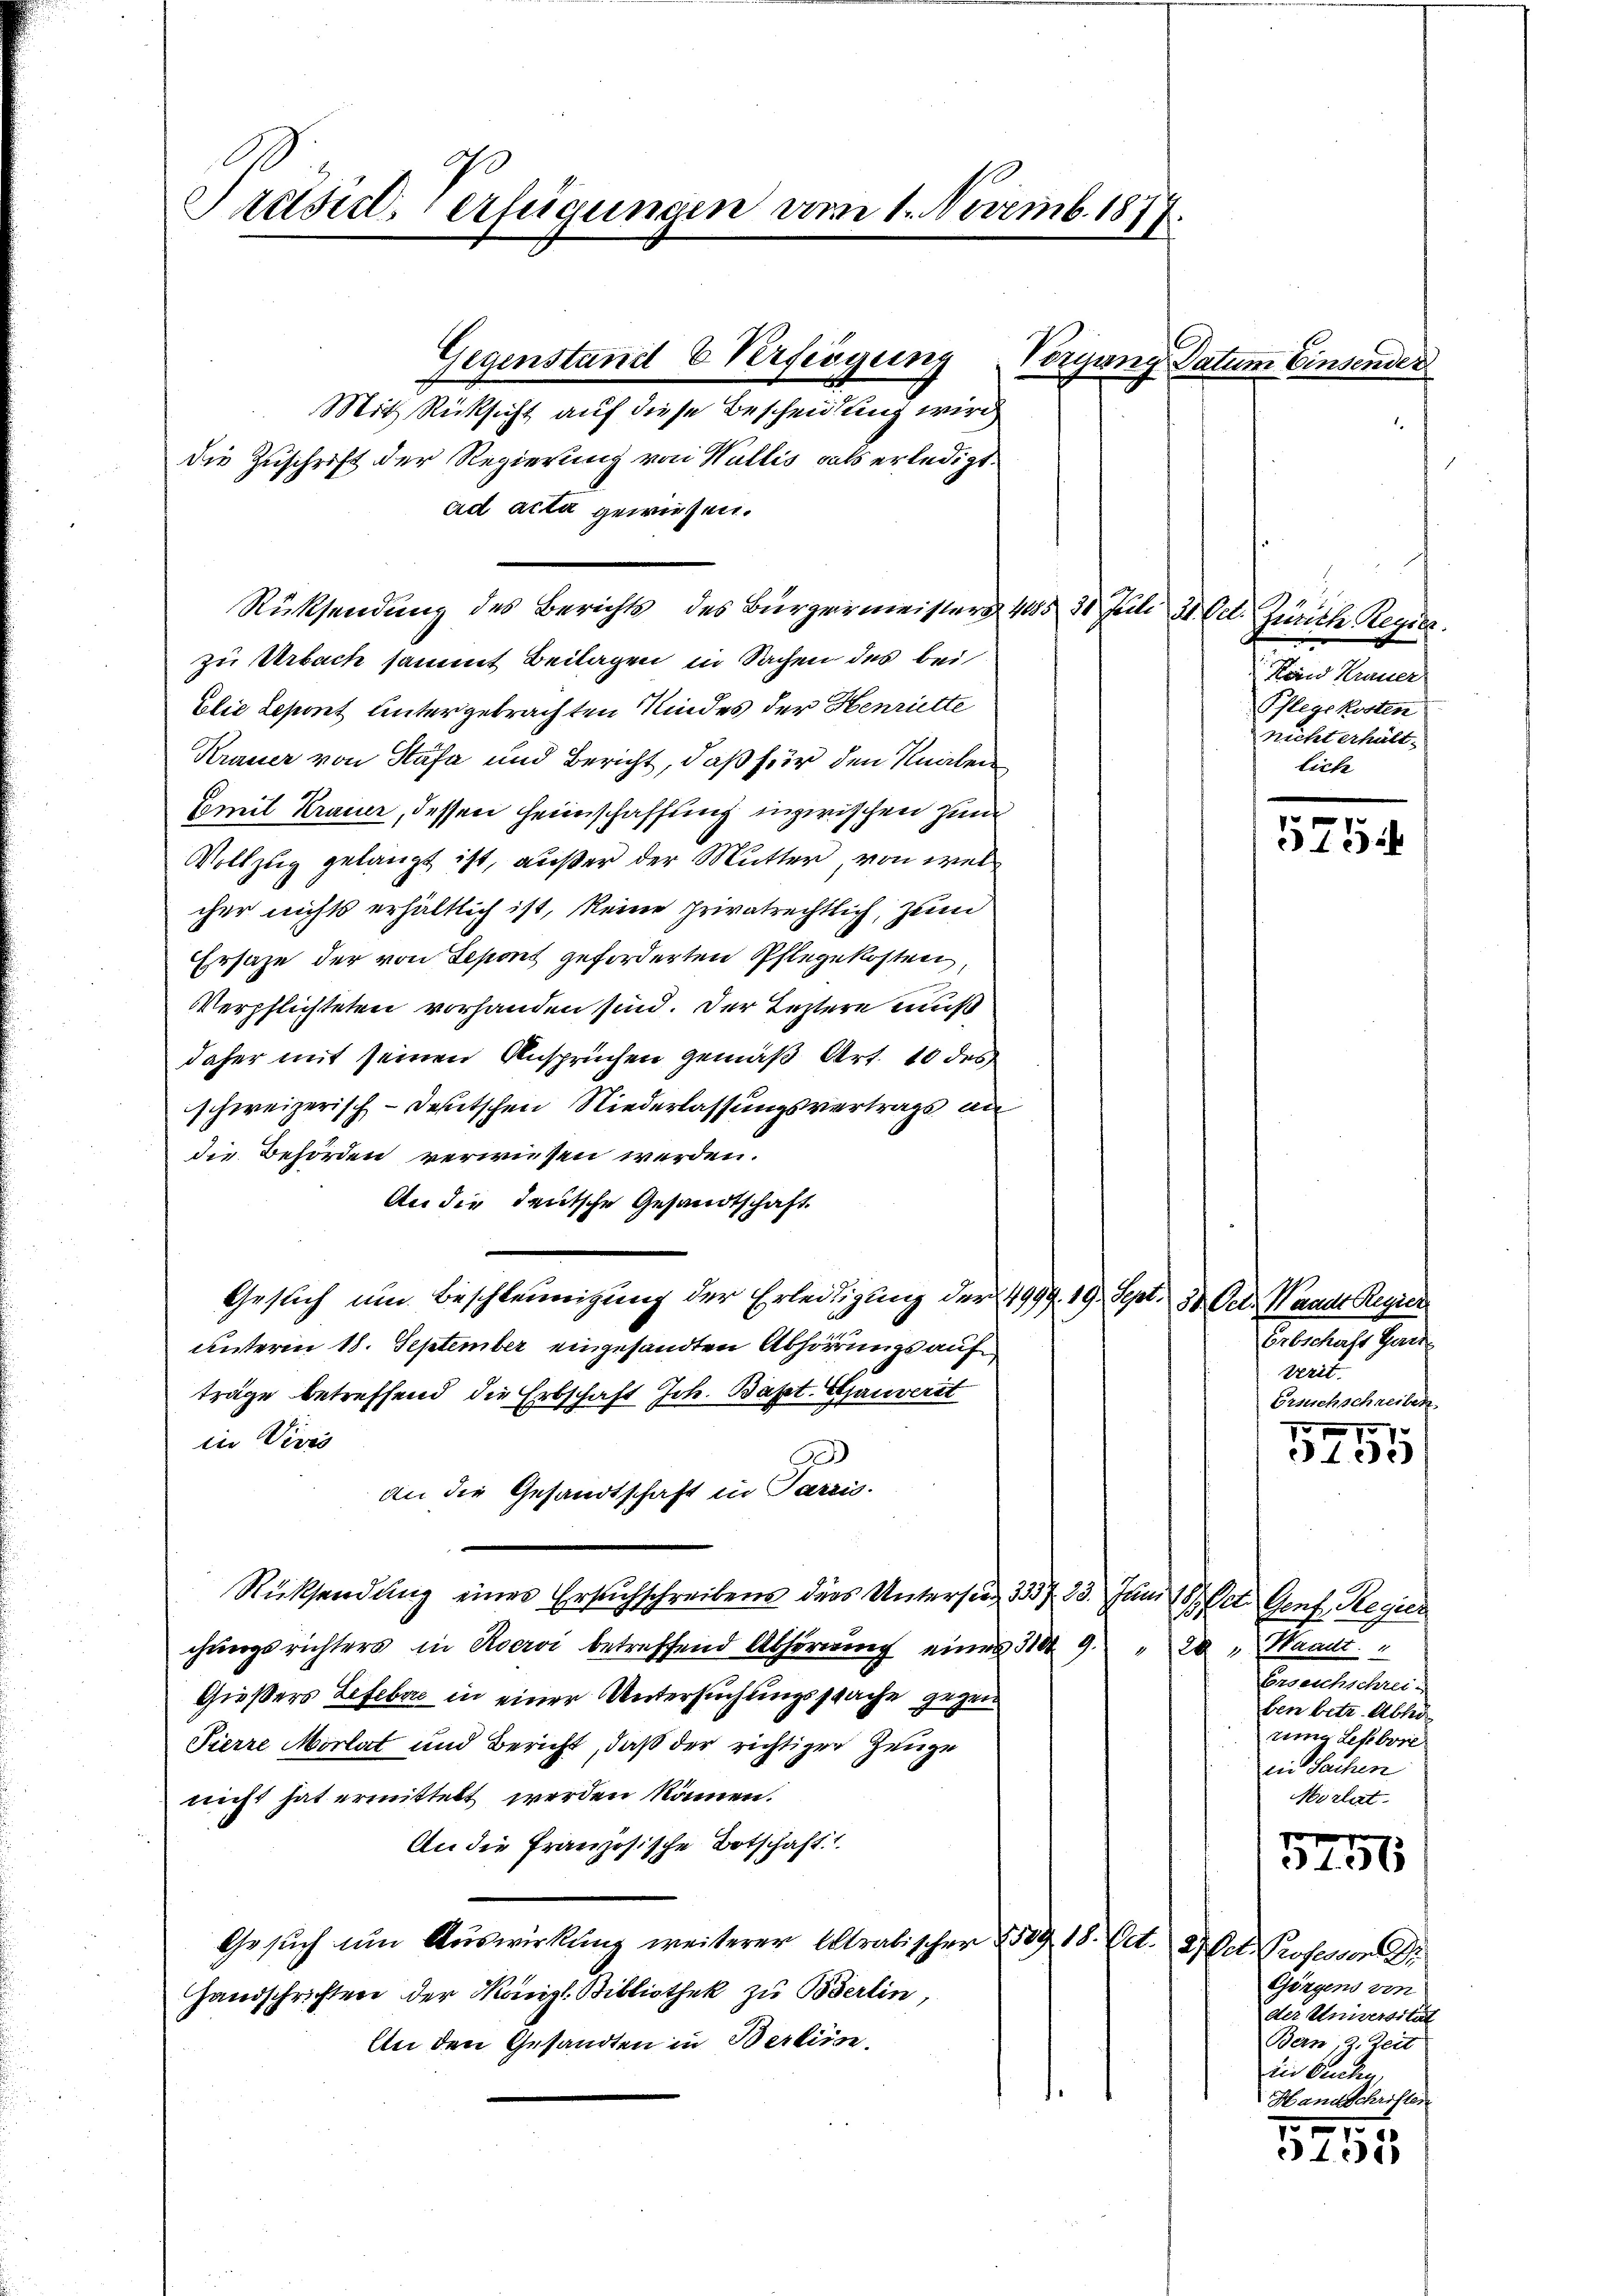
Brasil, erfügungen am 1. Novemb. 187

Rücksendung des Berichts des Bürgermeister 1885 30 Juli 31. Oct. Zürich Regier
zu Urbach sammt Beilagen in Sachen des bei
Elie Leport untergebrachten Kindes der Henriette
Krauer von Stäfa und Bericht, daß für den Knaben
Comit Krauer, dessen Heimschaffung inzwischen zum
Vollzug gelangt ist, außer der Mutter, von wel
cher nichts erhältlich ist, keine privatrechtlich, zum
Ersaze, der von Sepont geforderten Pflegekosten,
Verpflichteten vorhanden sind. Der Leztere muß
daher mit seinen Anspruchen gemäß Art. 10 des
schweizerisch-deutschen Niederlassungsvertrags an
die Behörden verwiesen werden.
An die deutsche Gesandtschaft
Geslich um Beschleunigung der Erleidigung der 4999. 19. Sept. 30. Oct. Waadt Regier
unterm 18. September eingesandten Abhörungs aufträge betreffend die Erbschaft Joh. Bapt. Gauverst
in Veves
9
an die Gesandtschaft in Paris.
Rücksendung eines Ersuchschreibens des Untersieg 3357. 23. Juni 18. Oct. Genf, Regier
chungsrichters in Rocroi betreffend Abhörung einer 310 9 " " Waadt
Gießers Lefebere in einer Untersuchungsspache gegen
Pierre Morlat und Bericht, daß der richtiger Zeuge
nicht hat ermittelt werden können.
An die Französische Botschaft.1
Gesuch um Auswirkung weiterer Arabischer § 509 18. Oct. Het Professor Dr.
Handschriften der Manigl. Bibliothek zu Berlin,
An den Gesandten in Berlin.

Mit Rücksicht auf diese Bescheidung wird
die Zuschrift der Regierung von Wallis als erledigt.
ad acta gewiesen.

Gegenstand & Verfügung

Vorgang Datum Einsender

Hönd Krauer
Pflegekosten
nicht erhült.
liche

575

Erbschaft Gart
verit.
Ersuchschreiben
71.

Lee)

Erreichschrei-
ben betr. Ableg
rig Lefebore
ein Sachen
Mirlat

10 x
1365

Görgens von
der Universität
Bern, z. Zeit
iie Sache
Hannschriften

1
5235